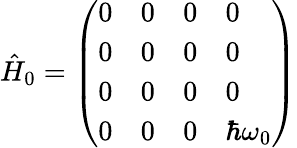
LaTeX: \begin{array}{r}{\hat{H}_{0}=\left(\begin{array}{llll}{0}&{0}&{0}&{0}\\ {0}&{0}&{0}&{0}\\ {0}&{0}&{0}&{0}\\ {0}&{0}&{0}&{\hbar\omega_{0}}\end{array}\right)}\end{array}